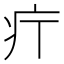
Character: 𤴫